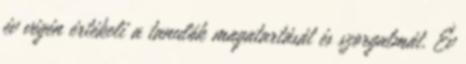
év végén értékeli a tanulók magatartását és szorgalmát. Év